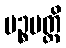
ပဉ္စမတ္ထိ